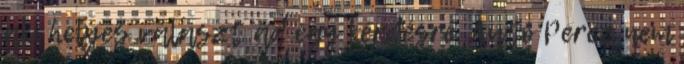
aki helyes választ ad egy kérdésre. Autó Perez nem